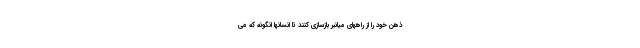
ذهن خود را از راههای میانبر بازسازی کنند تا انسانها انگونه که می‌